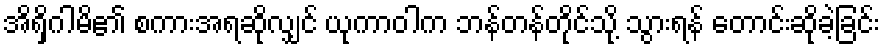
အိရှိဂါမိ၏ စကားအရဆိုလျှင် ယုကာဝါက ဘန်တန်တိုင်သို့ သွားရန် တောင်းဆိုခဲ့ခြင်း